Indian Medical Review
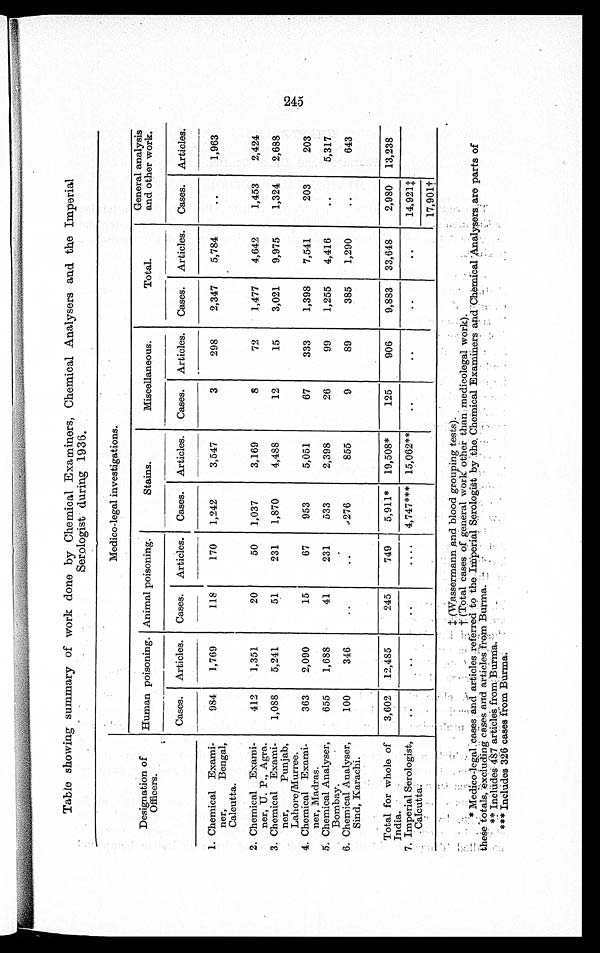
Table showing summary of work done by Chemical Examiners, Chemical Analysers and the Imperial
Serologist during 1936.
Designation of
Officers.
Medico-legal investigations.
Human poisoning. Animal poisoning.
Stains.
Miscellaneous.
Total.
General analysis
and other work.
Cases. Articles. Cases. Articles. Cases. Articles. Cases. Articles. Cases. Articles. Cases. Articles.
1. Chemical Exami-
ner, Bengal,
Calcutta.
984
1,769
118
170
1,242
3,547
3
298
2,347
5,784
..
1,963
2. Chemical Exami-
ner, U. P., Agra.
412
1,351
20
50 1,037
3,169
8
72
1,477
4,642
1,453
2,424
3. Chemical Exami-
ner, Punjab,
Lahore/Murree.
1,088
5,241
51
231
1,870
4,488
12
15
3,021
9,975
1,324
2,688
4. Chemical Exami-
ner, Madras.
363
2,090
15
67
953
5,051
67
333
1,398
7,541
203
203
5. Chemical Analyser,
Bombay.
655
1,688
41
231
533
2,398
26
99
1,255
4,416
..
5,317
6. Chemical Analyser,
Sind, Karachi.
100
34
..
..
276
855
9
89
385
1,290
..
643
Total for whole of
India.
3,602 12,485
245
749
5,911* 19,508*
125
906
9,883 33,648
2,980 13,238
7. Imperial Serologist
- Calcutta:
..
..
..
....
4,747*** 15,062**
..
..
..
..
14,924
17
,901
(Wassermann and blood grouping tests).
(Total cases of general work other than medicolegal work).
* Medico-legal cases and articles referred to the Imperial Serologist by the. Chemical Examiners and Chemical Analysers are parts of
these totals,excluding cases and articles from Burma.
** Includes 487 articles from Burma.
*** Includes 326 cases from Burma.
245